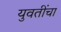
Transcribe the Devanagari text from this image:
युवतींचा